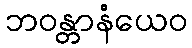
ဘဝန္တာနံယေဝ